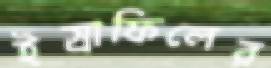
ইস্রাফিলের